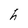
Character: h